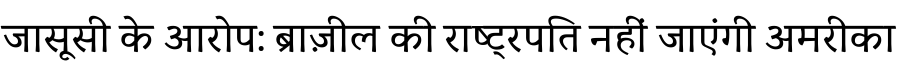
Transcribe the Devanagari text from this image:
जासूसी के आरोप: ब्राज़ील की राष्ट्रपति नहीं जाएंगी अमरीका